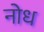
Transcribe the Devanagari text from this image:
नोध